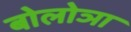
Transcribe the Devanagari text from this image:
बोलोञा